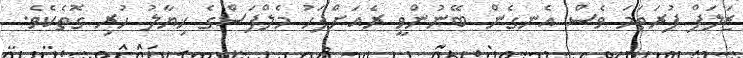
ޒަލަފް ފުރަތަމަ ވެސް އެނގެން ބޭނުންވީ ރެއަށްފަހު މެލްފަސްގެ ޚިޔާލު ހުރި ގޮތެކެވެ.